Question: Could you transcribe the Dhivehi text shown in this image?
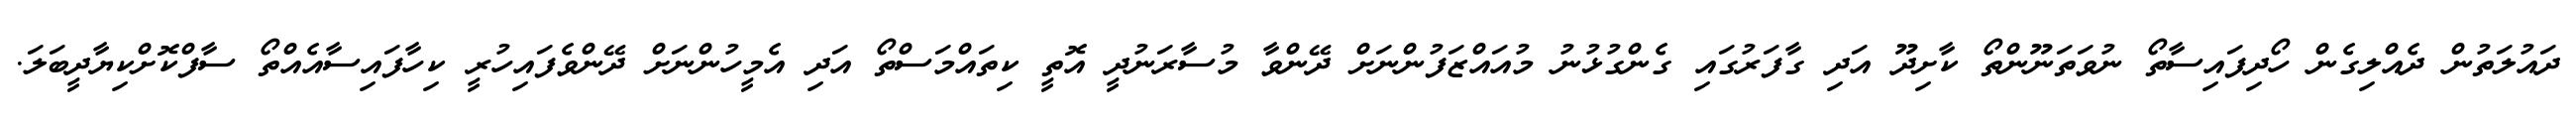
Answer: ދައުލަތުން ދެއްލިގެން ހޯދިފައިސާތޯ ނުވަތަނޫންތޯ ކާށިދޫ އަދި ގާފަރުގައި ގެންގުޅުނު މުއައްޒަފުންނަށް ދޭންވާ މުސާރަނުދީ އޮތީ ކިތައްމަސްތޯ އަދި އެމީހުންނަށް ދޭންވެފައިހުރީ ކިހާފައިސާއެއްތޯ ސާފްކޮށްކިޔާދީބަލަ.